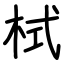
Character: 栻